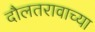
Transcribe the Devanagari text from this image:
दौलतरावाच्या